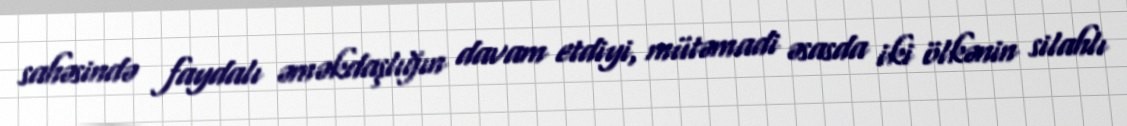
sahəsində faydalı əməkdaşlığın davam etdiyi, mütəmadi əsasda iki ölkənin silahlı